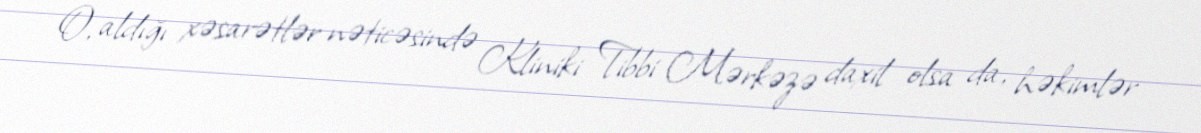
O, aldığı xəsarətlər nəticəsində Kliniki Tibbi Mərkəzə daxil olsa da, həkimlər